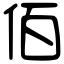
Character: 佰